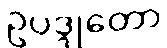
ဥပဒ္ဒုတော